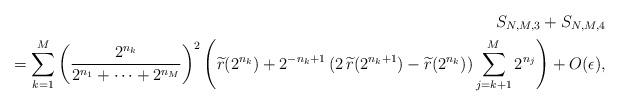
LaTeX: \begin{align*}S_{N,M,3}+S_{N,M,4}\\=\sum_{k=1}^{M}\left(\frac{2^{n_{k}}}{2^{n_{1}}+\cdots+2^{n_{M}}}\right)^2\left(\widetilde{r}(2^{n_{k}})+2^{-n_{k}+1}\,(2\,\widetilde{r}(2^{n_{k}+1})-\widetilde{r}(2^{n_{k}})) \sum_{j=k+1}^{M}2^{n_{j}}\right)+O(\epsilon),\end{align*}